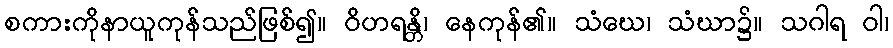
စကားကိုနာယူကုန်သည်ဖြစ်၍။ ဝိဟရန္တိ၊ နေကုန်၏။ သံဃေ၊ သံဃာ၌။ သဂါရ ဝါ၊